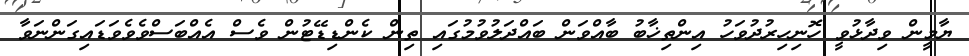
ޔާމީން ވިދާޅުވީ ހޮނިހިރުދުވަހު އިންތިޚާބު ބާއްވަން ބައްދަލުވުމުގައި ތިން ކެންޑިޑޭޓުން ވެސް އެއްބަސްވެވެވަޑައިގަންނަވާ